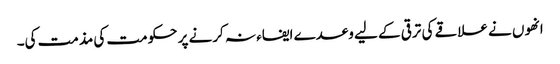
انھوں نے علاقے کی ترقی کے لیے وعدے ایفاء نہ کرنے پر حکومت کی مذمت کی۔